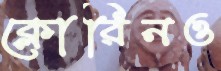
ক্লোরিনও